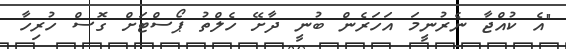
"އެ ކުއްޖާ ނެރުނީމަ އަހަރެން ބުނީ ދާށޭ ހެލްތު ޕޯސްޓަށް ގޮސް ހުރިހާ